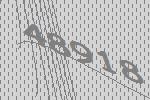
48918